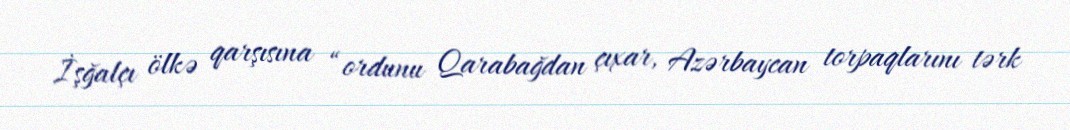
İşğalçı ölkə qarşısına “ordunu Qarabağdan çıxar, Azərbaycan torpaqlarını tərk